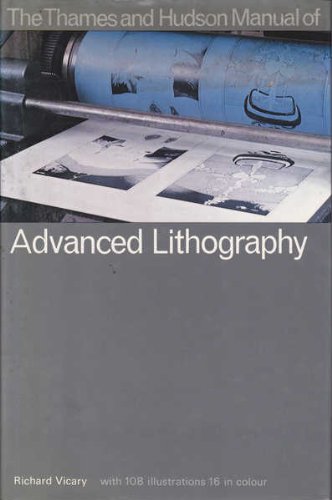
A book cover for Manual of advanced lithography; Richard Vicary; Arts & Photography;